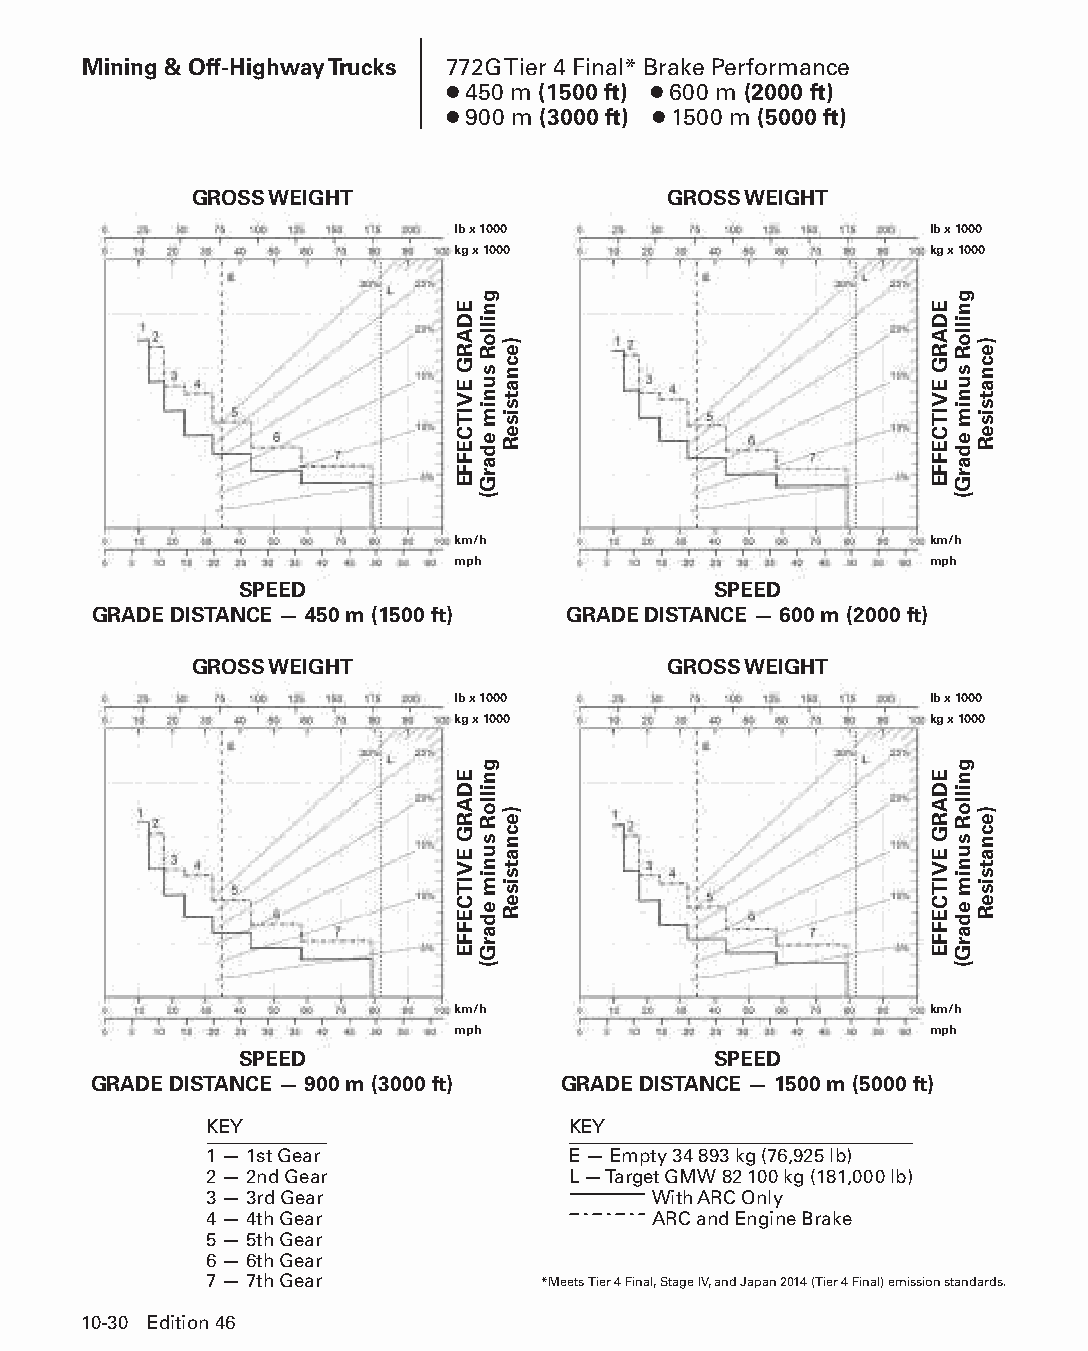
Mining & Off-Highway Trucks 772G Tier 4 Final* Brake Performance
 ● 450 m (1500 ft) ● 600 m (2000 ft)
 ● 900 m (3000 ft) ● 1500 m (5000 ft)
 GROSS WEIGHT                    GROSS WEIGHT
 lb x 1000                       lb x 1000
 kg x 1000                       kg x 1000
 km/h                            km/h
 mph                             mph
 SPEED                           SPEED
 GRADE DISTANCE — 450 m (1500 ft) GRADE DISTANCE — 600 m (2000 ft)
 GROSS WEIGHT                    GROSS WEIGHT
 lb x 1000                       lb x 1000
 kg x 1000                       kg x 1000
 km/h                            km/h
 mph                             mph
 SPEED                           SPEED
 GRADE DISTANCE — 900 m (3000 ft) GRADE DISTANCE — 1500 m (5000 ft)
 KEY                     KEY
 1 — 1st Gear            E — Empty 34 893 kg (76,925 lb)
 2 — 2nd Gear            L — Target GMW 82 100 kg (181,000 lb)
 3 — 3rd Gear                 With ARC Only
 4 — 4th Gear                  ARC and Engine Brake
 5 — 5th Gear
 6 — 6th Gear
 7 — 7th Gear          *Meets Tier 4 Final, Stage IV, and Japan 2014 (Tier 4 Final) emission standards.
 10-30 Edition 46
 PPHHBB--SSeecc1100((ppgg0011--5522))..iinndddd 3300            1122//44//1155 1100::4444 AAMM
 EDARG
 EVITCEFFE
 EDARG
 EVITCEFFE
 gnilloR
 sunim
 edarG(
 gnilloR
 sunim
 edarG(
 )ecnatsiseR
 )ecnatsiseR
 EDARG
 EVITCEFFE
 EDARG
 EVITCEFFE
 gnilloR
 sunim
 edarG(
 gnilloR
 sunim
 edarG(
 )ecnatsiseR
 )ecnatsiseR